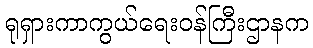
ရုရှားကာကွယ်ရေးဝန်ကြီးဌာနက